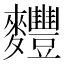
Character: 麷